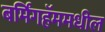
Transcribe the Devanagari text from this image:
बर्मिंगहॅममधील